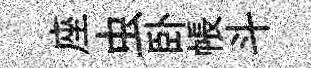
座虫卧帳斗